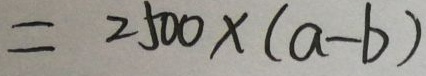
= 2 5 0 0 \times ( a - b )